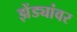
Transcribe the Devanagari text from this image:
झेंड्यांवर